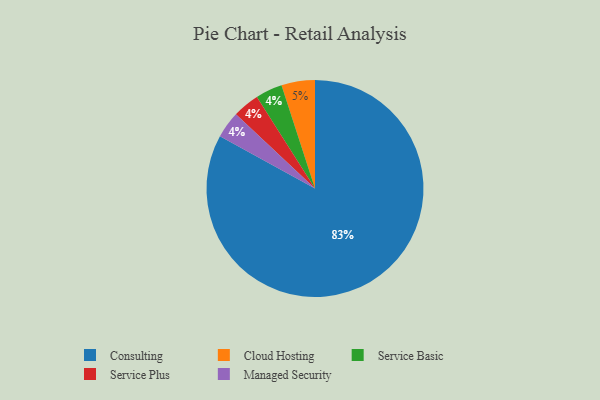
{"axis": {"x": "Category", "y": "Percentage"}, "legend": ["Cloud Hosting", "Consulting", "Managed Security", "Service Basic", "Service Plus"], "data": [{"x": "Service Basic", "y": 4, "type": "Service Basic"}, {"x": "Cloud Hosting", "y": 5, "type": "Cloud Hosting"}, {"x": "Consulting", "y": 83, "type": "Consulting"}, {"x": "Service Plus", "y": 4, "type": "Service Plus"}, {"x": "Managed Security", "y": 4, "type": "Managed Security"}]}